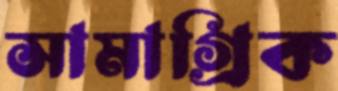
সামাগ্রিক